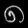
Digit: ၈